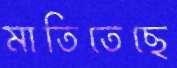
মাতিতেছে